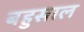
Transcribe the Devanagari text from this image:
बहुसाल